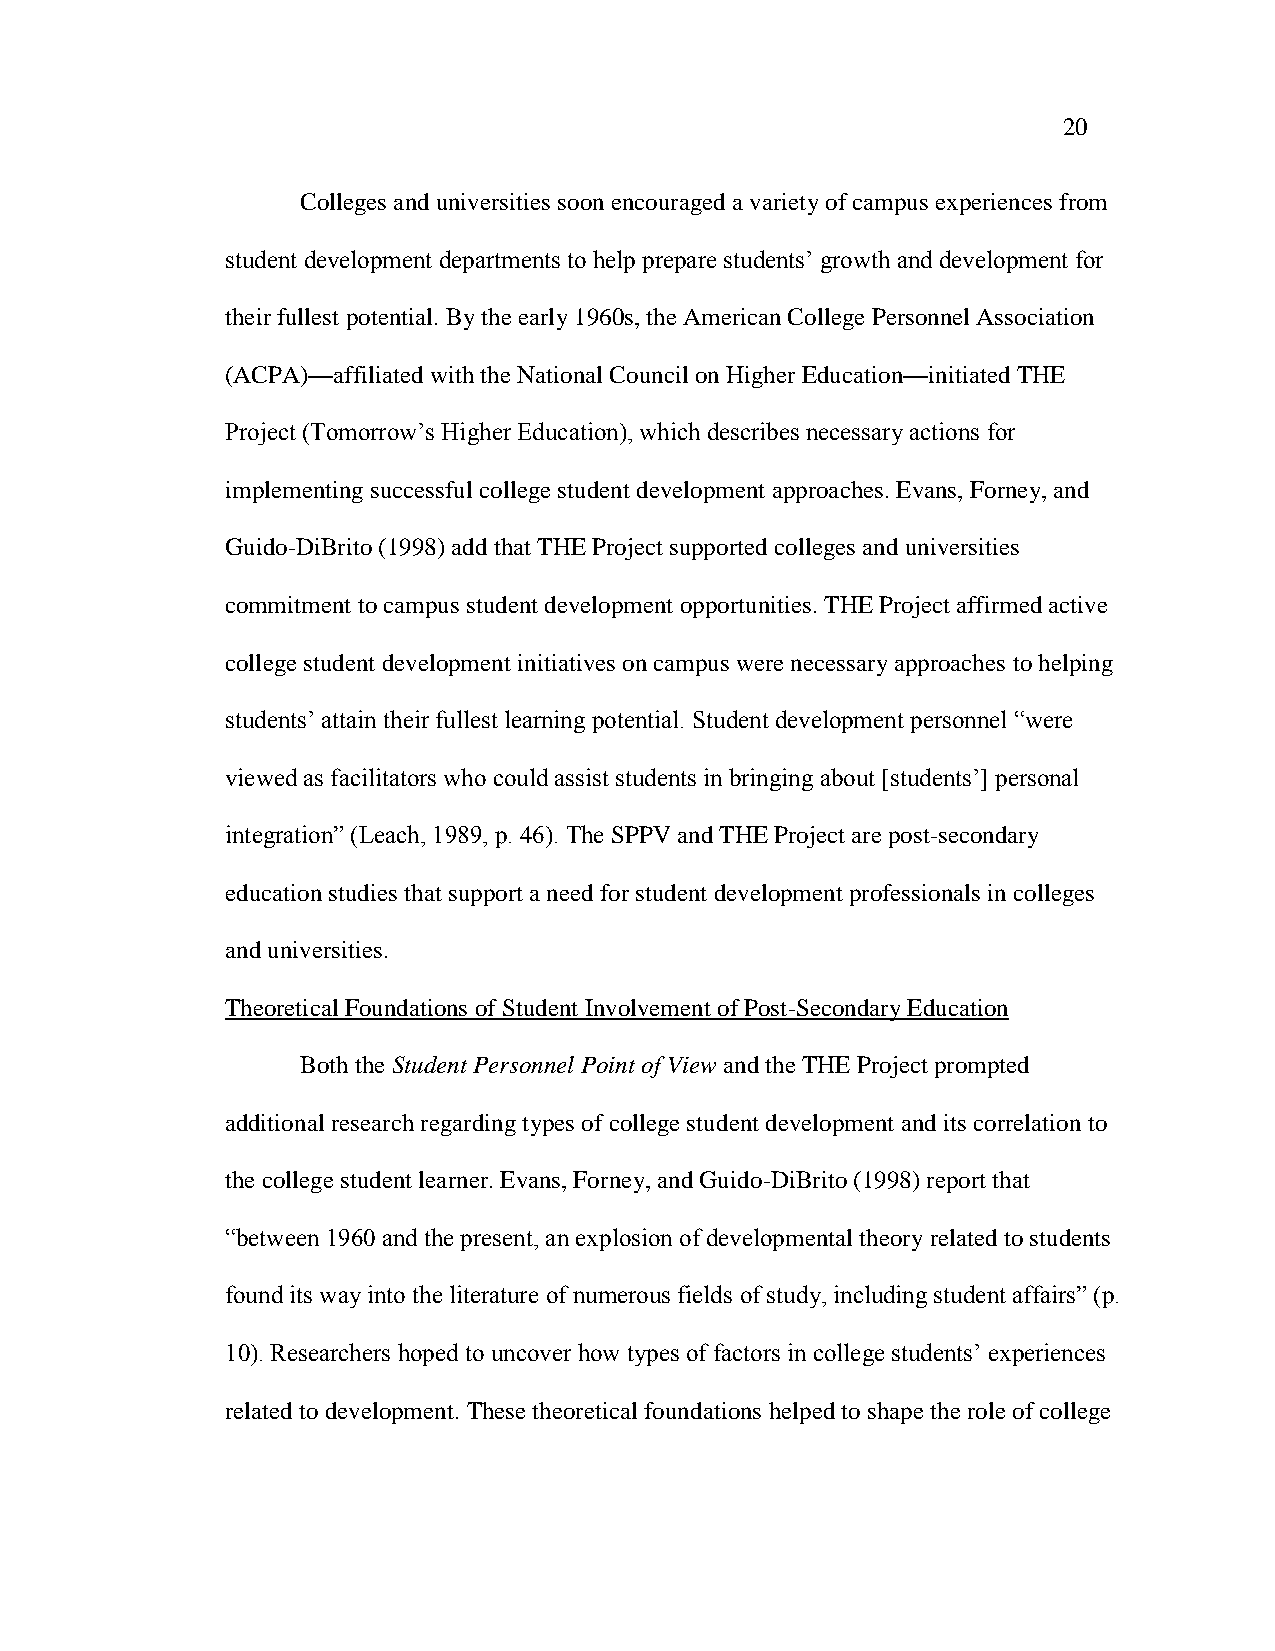
20
 Colleges and universities soon encouraged a variety of campus experiences from
 student development departments to help prepare students‘ growth and development for
 their fullest potential. By the early 1960s, the American College Personnel Association
 (ACPA)—affiliated with the National Council on Higher Education—initiated THE
 Project (Tomorrow‘s Higher Education), which describes necessary actions for
 implementing successful college student development approaches. Evans, Forney, and
 Guido-DiBrito (1998) add that THE Project supported colleges and universities
 commitment to campus student development opportunities. THE Project affirmed active
 college student development initiatives on campus were necessary approaches to helping
 students‘ attain their fullest learning potential. Student development personnel ―were
 viewed as facilitators who could assist students in bringing about [students‘] personal
 integration‖ (Leach, 1989, p. 46). The SPPV and THE Project are post-secondary
 education studies that support a need for student development professionals in colleges
 and universities.
 Theoretical Foundations of Student Involvement of Post-Secondary Education
 Both the Student Personnel Point of View and the THE Project prompted
 additional research regarding types of college student development and its correlation to
 the college student learner. Evans, Forney, and Guido-DiBrito (1998) report that
 ―between 1960 and the present, an explosion of developmental theory related to students
 found its way into the literature of numerous fields of study, including student affairs‖ (p.
 10). Researchers hoped to uncover how types of factors in college students‘ experiences
 related to development. These theoretical foundations helped to shape the role of college